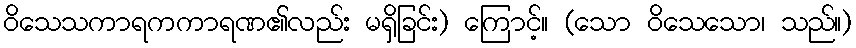
ဝိသေသကာရကကာရဏ၏လည်း မရှိခြင်း) ကြောင့်။ (သော ဝိသေသော၊ သည်။)